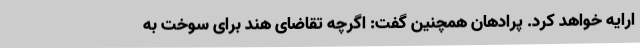
ارایه خواهد کرد. پرادهان همچنین گفت: اگرچه تقاضای هند برای سوخت به